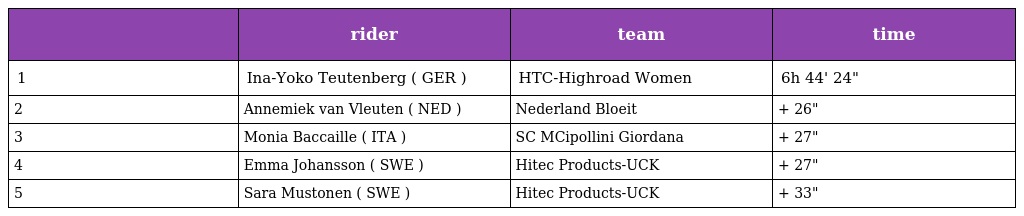
|  | rider | team | time |
 | --- | --- | --- | --- |
 | 1 | Ina-Yoko Teutenberg ( GER ) | HTC-Highroad Women | 6h 44' 24" |
 | 2 | Annemiek van Vleuten ( NED ) | Nederland Bloeit | + 26" |
 | 3 | Monia Baccaille ( ITA ) | SC MCipollini Giordana | + 27" |
 | 4 | Emma Johansson ( SWE ) | Hitec Products-UCK | + 27" |
 | 5 | Sara Mustonen ( SWE ) | Hitec Products-UCK | + 33" |